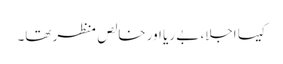
کیسا اجلا، بے ریا اور خالص منظر تھا۔